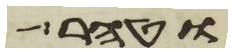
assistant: וטהר